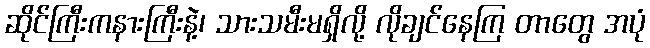
ဆိုင်ကြီးကနားကြီးနဲ့၊ သားသမီးမရှိလို့ လိုချင်နေကြ တာတွေ အပုံ